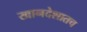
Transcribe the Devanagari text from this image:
खानदेशातच